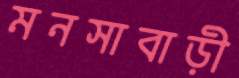
মনসাবাড়ী